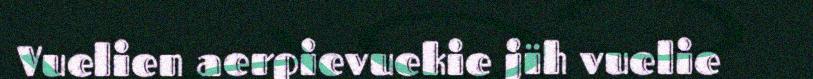
Vuelien aerpievuekie jïh vuelie